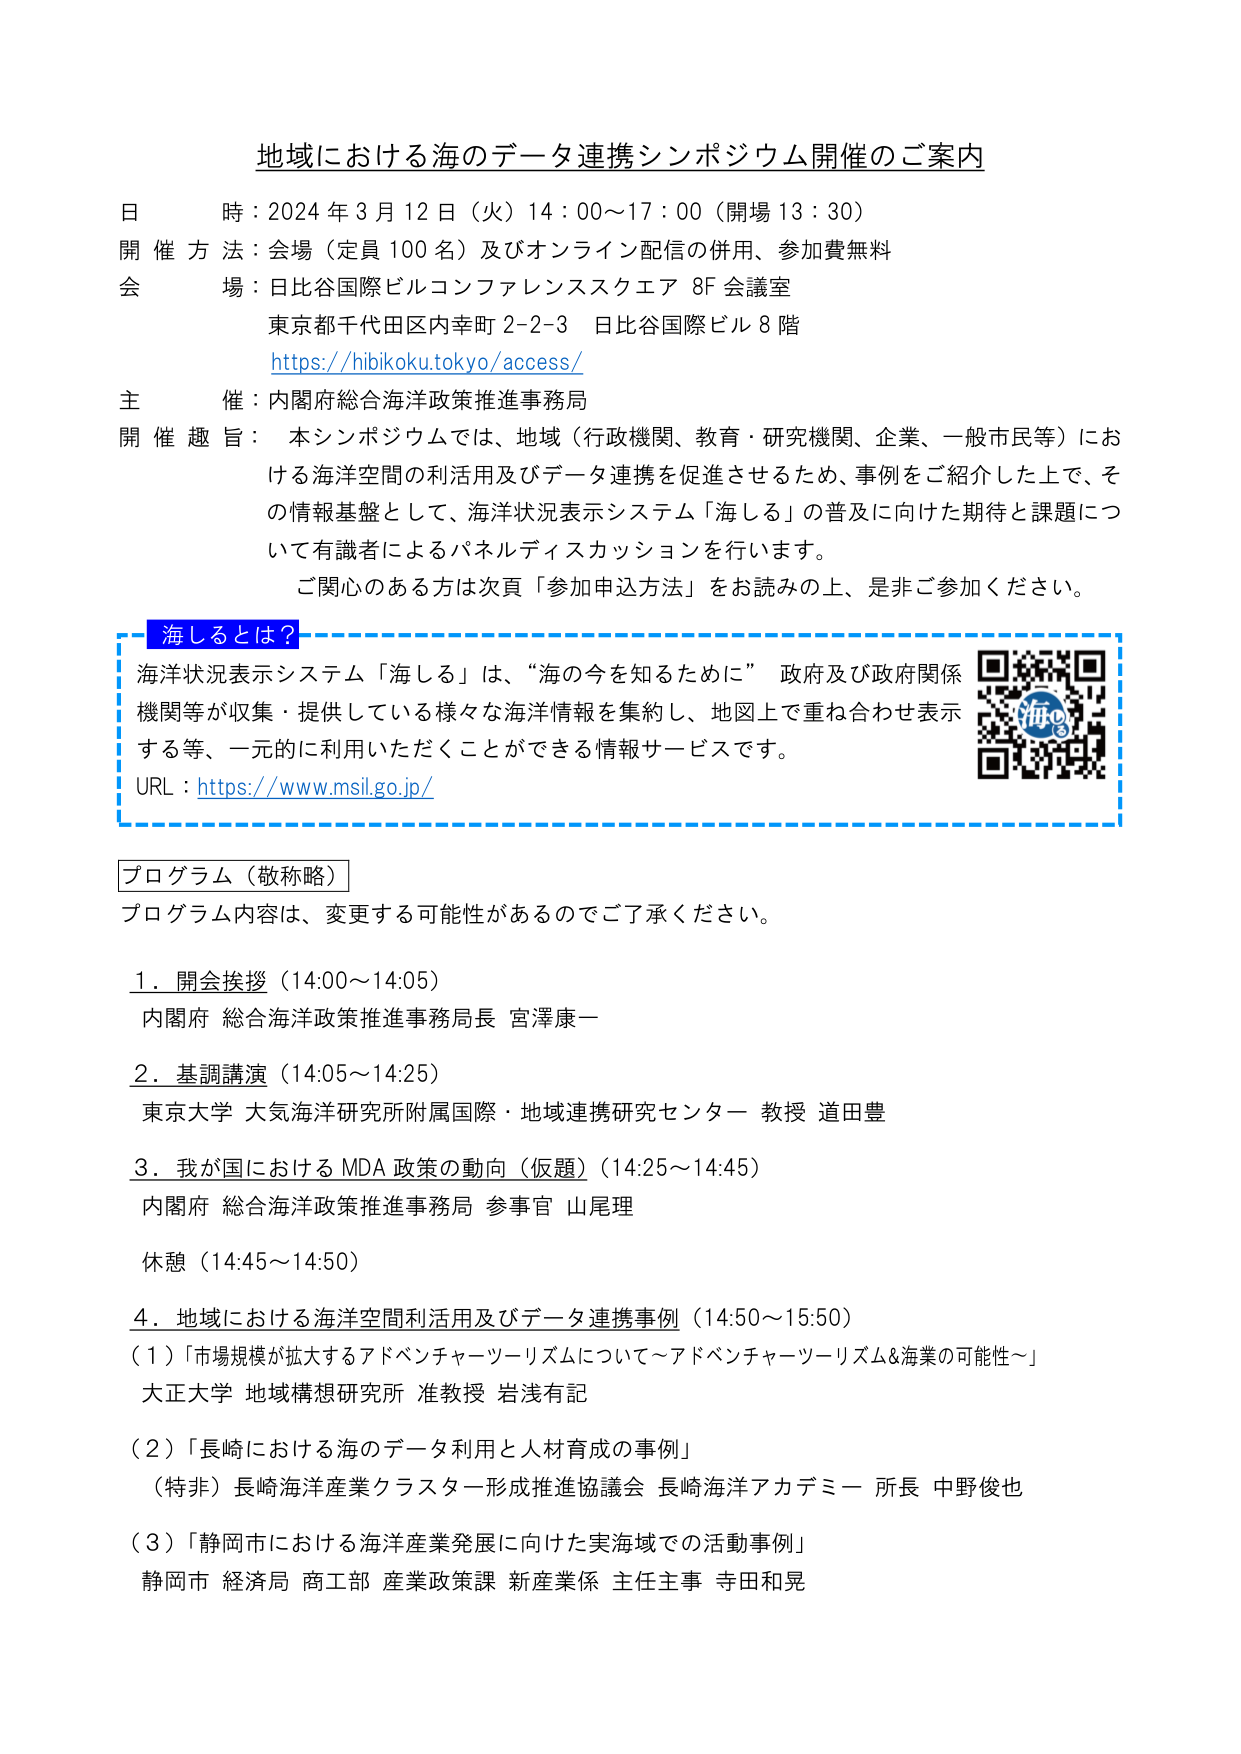
地域における海のデータ連携シンポジウム開催のご案内

日 時：2024年3月12日（火）14：00～17：00（開場13：30）
開催方法：会場（定員100名）及びオンライン配信の併用、参加費無料
会 場：日比谷国際ビルコンファレンススクエア 8F 会議室
　　　東京都千代田区内幸町2-2-3 日比谷国際ビル8階
　　　https://hibikoku.tokyo/access/

主 催：内閣府総合海洋政策推進事務局
開催趣旨：本シンポジウムでは、地域（行政機関、教育・研究機関、企業、一般市民等）における海洋空間の利活用及びデータ連携を促進させるため、事例をご紹介した上で、その情報基盤として、海洋状況表示システム「海しる」の普及に向けた期待と課題について有識者によるパネルディスカッションを行います。
　　　ご関心のある方は次頁「参加申込方法」をお読みの上、是非ご参加ください。

海しるとは？
海洋状況表示システム「海しる」は、“海の今を知るために” 政府及び政府関係機関等が収集・提供している様々な海洋情報を集約し、地図上で重ね合わせ表示する等、一元的に利用いただくことができる情報サービスです。
URL：https://www.msil.go.jp/

プログラム（敬称略）
プログラム内容は、変更する可能性があるのでご了承ください。

1．開会挨拶（14:00～14:05）
　内閣府 総合海洋政策推進事務局長 宮澤康一

2．基調講演（14:05～14:25）
　東京大学 大気海洋研究所附属国際・地域連携研究センター 教授 道田豊

3．我が国におけるMDA政策の動向（仮題）（14:25～14:45）
　内閣府 総合海洋政策推進事務局 参事官 山尾理

休憩（14:45～14:50）

4．地域における海洋空間利活用及びデータ連携事例（14:50～15:50）
　（1）「市場規模が拡大するアドベンチャーツーリズムについて～アドベンチャーツーリズム&海業の可能性～」
　　　大正大学 地域構想研究所 准教授 岩浅有記
　（2）「長崎における海のデータ利用と人材育成の事例」
　　　（特非）長崎海洋産業クラスター形成推進協議会 長崎海洋アカデミー 所長 中野俊也
　（3）「静岡市における海洋産業発展に向けた実海域での活動事例」
　　　静岡市 経済局 商工部 産業政策課 新産業係 主任主事 寺田和晃